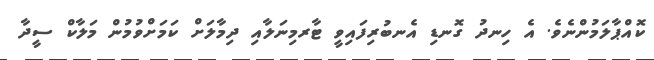
ކޮއްޕާލަމުންނެވެ. އެ ހިނދު ގޮނޑި އެނބުރިފައިވީ ޓާރމިނަލާއި ދިމާލަށް ކަމަށްވުމުން މަލާކް ސީދާ